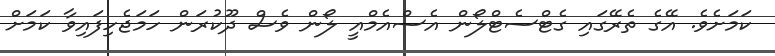
ކަމަށެވެ. އޭގެ ތެރޭގައި ގެޓްސެޓްލޯން އެސްއެމްއީ ލޯން ވެސް ދޫކުރަން ހަމަޖެހިފައިވާ ކަމަށް